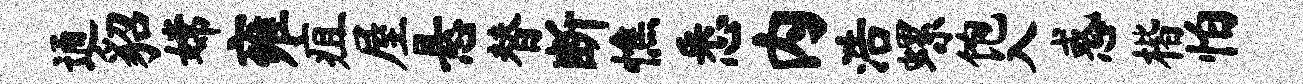
通貂嫦雍疽屋悬替断憔悉内浩螺饱入惑楷怕